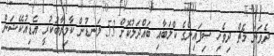
ދެވަނަ މެޗް ދިވެހި ސިފައިންގެ ކްލަބާއި ބައްދަލުކޮށް 53 ލަނޑުން ކާމިޔާބުކުރީ އެޑިއުކޭޝަން